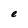
Character: e